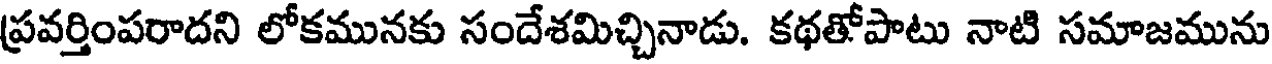
ప్రవర్తింపరాదని లోకమునకు సందేశమిచ్చినాడు. కథతోపాటు నాటి సమాజమును